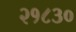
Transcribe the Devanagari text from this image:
२१८३०